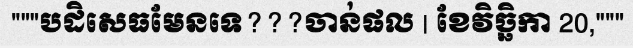
"""បដិសេធមែនទេ???ចាន់ផល | ខែវិច្ឆិកា 20,"""